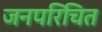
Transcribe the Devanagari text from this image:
जनपरिचित